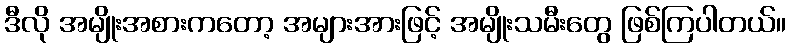
ဒီလို အမျိုးအစားကတော့ အများအားဖြင့် အမျိုးသမီးတွေ ဖြစ်ကြပါတယ်။